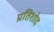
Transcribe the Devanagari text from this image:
प्रतिशोद